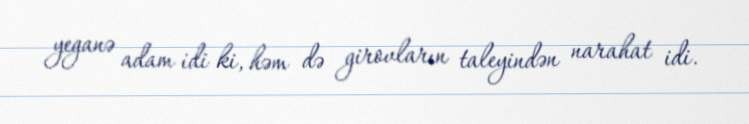
yeganə adam idi ki, həm də girovların taleyindən narahat idi.